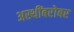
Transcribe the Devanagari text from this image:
अस्थींबरोबर